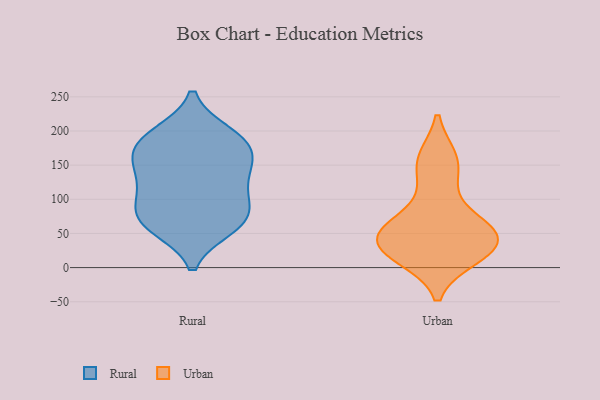
{"axis": {"x": "Waste Production (Tons)", "y": "Value"}, "legend": ["Rural", "Urban"], "data": [{"x": "", "y": 114, "type": "Rural"}, {"x": "", "y": 66, "type": "Rural"}, {"x": "", "y": 64, "type": "Rural"}, {"x": "", "y": 195, "type": "Rural"}, {"x": "", "y": 155, "type": "Rural"}, {"x": "", "y": 59, "type": "Rural"}, {"x": "", "y": 174, "type": "Rural"}, {"x": "", "y": 185, "type": "Rural"}, {"x": "", "y": 114, "type": "Rural"}, {"x": "", "y": 191, "type": "Rural"}, {"x": "", "y": 140, "type": "Rural"}, {"x": "", "y": 78, "type": "Rural"}, {"x": "", "y": 86, "type": "Rural"}, {"x": "", "y": 154, "type": "Rural"}, {"x": "", "y": 24, "type": "Urban"}, {"x": "", "y": 61, "type": "Urban"}, {"x": "", "y": 160, "type": "Urban"}, {"x": "", "y": 15, "type": "Urban"}, {"x": "", "y": 159, "type": "Urban"}, {"x": "", "y": 42, "type": "Urban"}, {"x": "", "y": 17, "type": "Urban"}, {"x": "", "y": 57, "type": "Urban"}, {"x": "", "y": 122, "type": "Urban"}, {"x": "", "y": 67, "type": "Urban"}, {"x": "", "y": 46, "type": "Urban"}, {"x": "", "y": 33, "type": "Urban"}]}